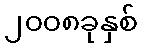
၂၀၀၈ခုနှစ်